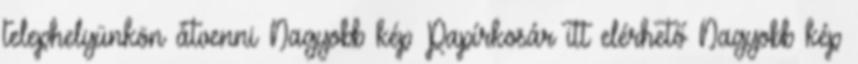
telephelyünkön átvenni Nagyobb kép Papírkosár itt elérhető Nagyobb kép